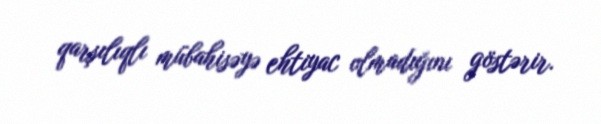
qarşılıqlı mübahisəyə ehtiyac olmadığını göstərir.